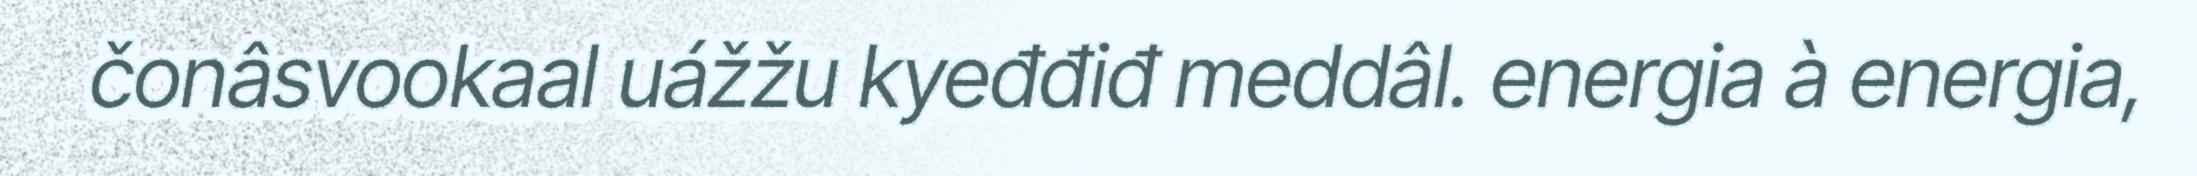
čonâsvookaal uážžu kyeđđiđ meddâl. energia à energia,